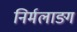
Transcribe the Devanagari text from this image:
निर्मलाङ्ग